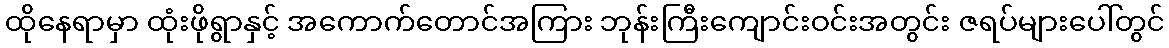
ထိုနေရာမှာ ထုံးဖိုရွာနှင့် အကောက်တောင်အကြား ဘုန်းကြီးကျောင်းဝင်းအတွင်း ဇရပ်များပေါ်တွင်